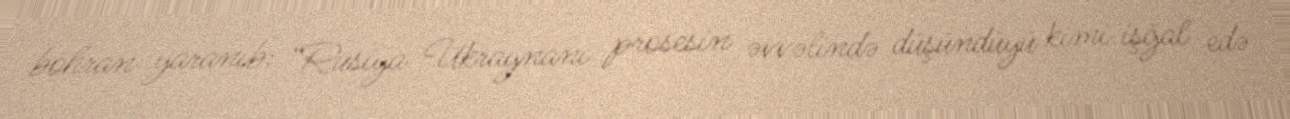
böhran yaranıb: “Rusiya Ukraynanı prosesin əvvəlində düşündüyü kimi işğal edə